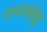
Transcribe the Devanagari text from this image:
वचनसंग्रह